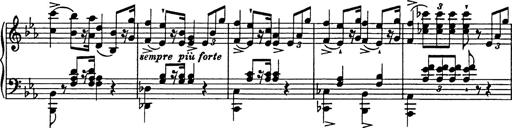
Title: Festmarsch zur SÃ¤cularfeier von Goethes Geburtstag
Composer: Franz Liszt